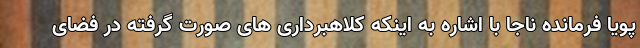
پویا فرمانده ناجا با اشاره به اینکه کلاهبرداری های صورت گرفته در فضای